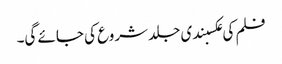
فلم کی عکسبندی جلد شروع کی جائے گی۔